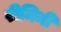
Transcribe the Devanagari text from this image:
रीमिनी